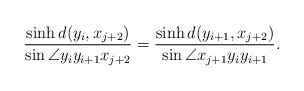
\begin{align*}\frac{\sinh{d(y_i,x_{j+2})}}{\sin{\angle{y_iy_{i+1}x_{j+2}}}}=\frac{\sinh{d(y_{i+1},x_{j+2})}}{\sin{\angle{x_{j+1}y_iy_{i+1}}}}.\end{align*}